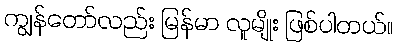
ကျွန်တော်လည်း မြန်မာ လူမျိုး ဖြစ်ပါတယ်။